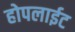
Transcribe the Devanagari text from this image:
होपलाईट